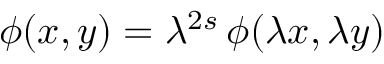
\phi ( x , y ) = \lambda ^ { 2 s } \, \phi ( \lambda x , \lambda y )